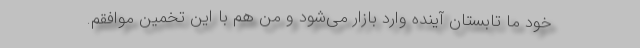
خود ما تابستان آینده وارد بازار می‌شود و من هم با این تخمین موافقم.